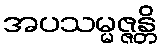
အပသမ္မဇ္ဇန္တိ